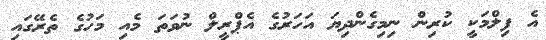
އެ ފިލްމަކީ ކުރިން ނިމިގެންދިޔަ އަހަރުގެ އެޕްރީލް ނުވަތަ މެއި މަހުގެ ތެރޭގައި